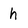
Character: h